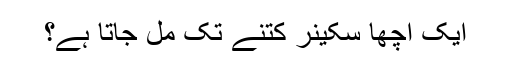
ایک اچھا سکینر کتنے تک مل جاتا ہے؟